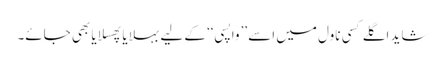
شاید اگلے کسی ناول میں اسے ’’واپسی‘‘ کے لیے بہلایا پھسلایا بھی جائے۔